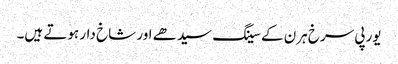
یورپی سرخ ہرن کے سینگ سیدھے اور شاخ دار ہوتے ہیں۔